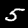
Digit: 5